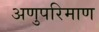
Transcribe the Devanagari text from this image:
अणुपरिमाण